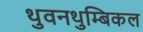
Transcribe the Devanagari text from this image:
थुवनथुम्बिकल